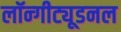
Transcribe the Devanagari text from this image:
लॉन्गीट्यूडनल